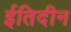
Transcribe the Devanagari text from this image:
ईतिदीन